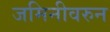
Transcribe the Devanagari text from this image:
जमिनीवरुन